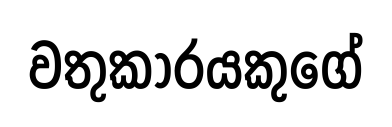
වතුකාරයකුගේ